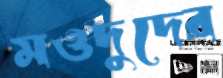
মওদুদের